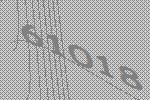
61018